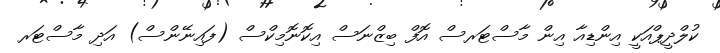
ކުލްދީޕްއަކީ އިންޑިއާ އިން މާސްޓަރސް އޮފް ބިޒްނަސް އިކޮނޮމިކްސް (ފައިނޭންސް) އަދި މާސްޓަރ